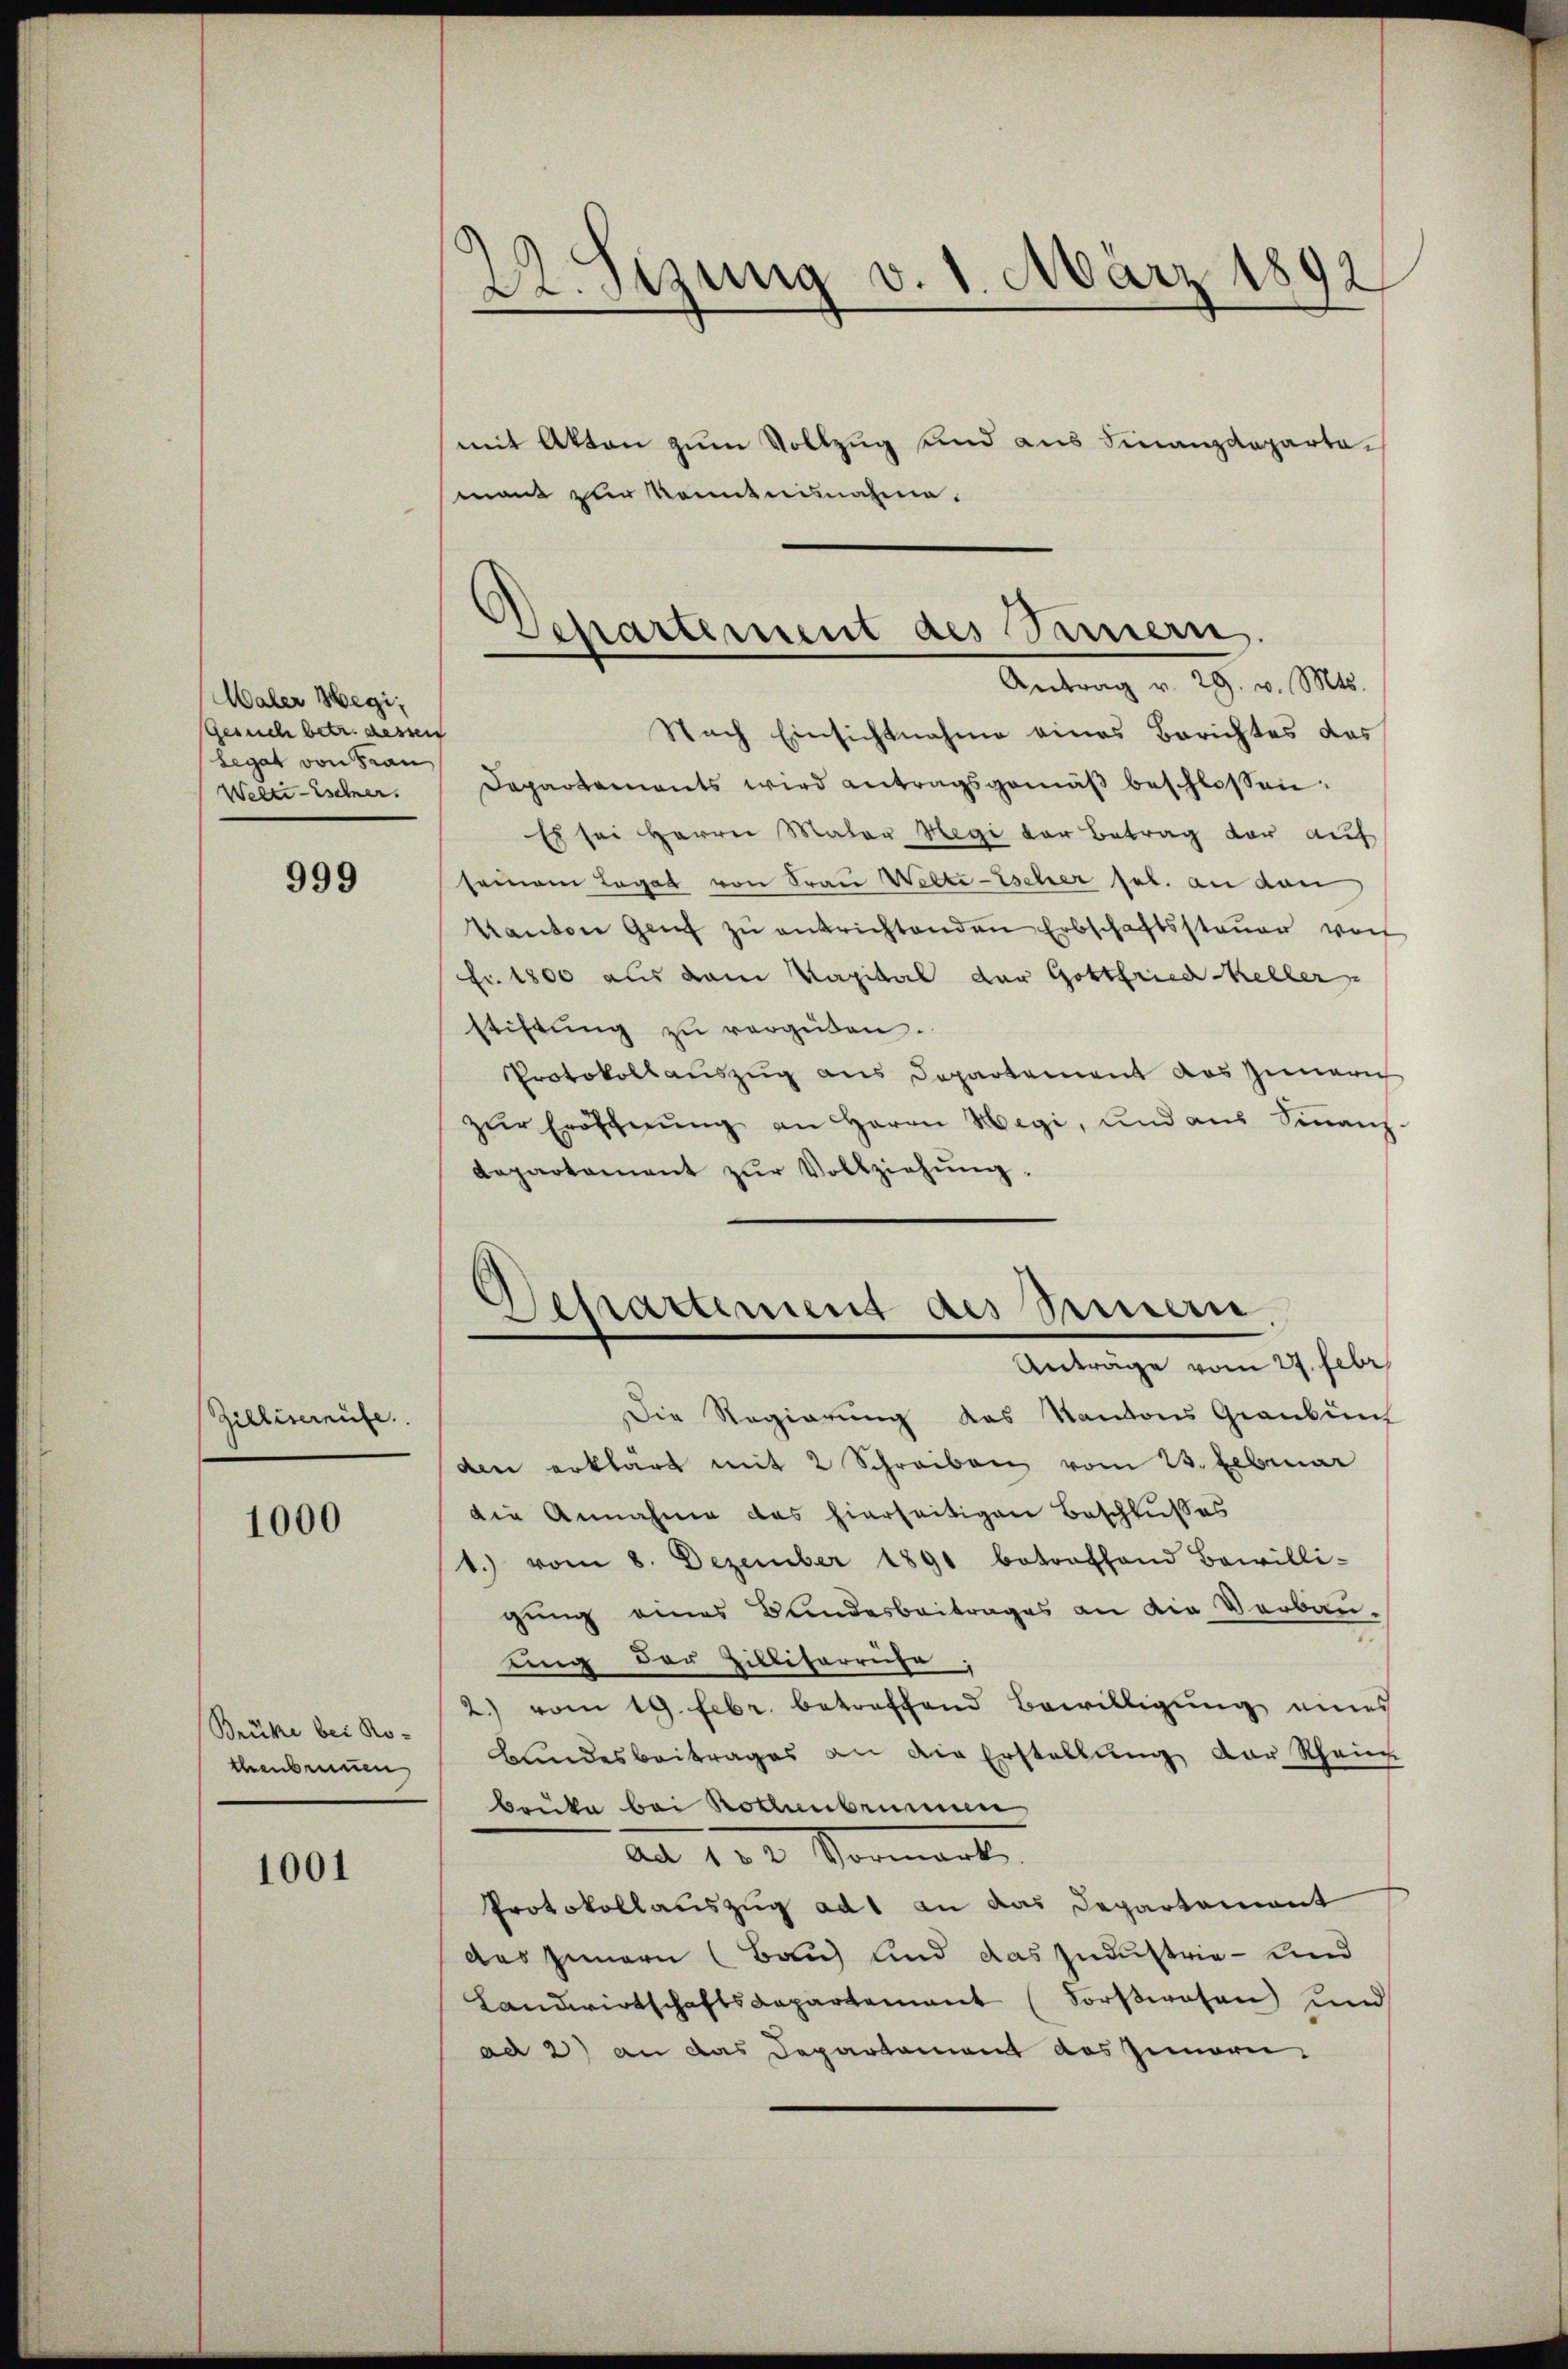
Maler Hegi,
Gesuch betr. dessen
Legat von Frau
Welti sehner.

999

Zilliserrüfe

1000

Brüke bei Ro-
thenbrunnen

1001

22. Sizung v. 1. März 1892

mit Akten zum Vollzug sind aus Finanzdepartemant zur konntnisnahme.

Departement des Sauern.
Antrag v. 29. v. Mts.

Nach Einsichtnahme eines Berichtes das
Departements wird antragsgemäß beschlossen:
Es sei Herrn Mater Hegi der Betrag der auf
seinem Legat von Frau Welte-Escher sel. an den
Kanton Genf zu entrichtenden Erbschaftssteuer vorh
Fr. 1800 aus dem Kapital der Gottfried Keller
stiftung zu vergüten.
Protokollsauszug aus Departement das Zumerich
zŭr Eröffnŭng an Herrn Hegi, und aus Sinanz-
departement zŭr Vollziehŭng.

Departement des Seinern
Anträge vom 27. Febr.

Die Regierung das Kantons Graubün
den erklärt mit 2 Schreiben vom 23. Februar
die Annahme das hierseitigen Beschlusses
1.) vom 8. Dezember 1891 betroffend Bewilli-
gung eines Bundesbeitrages an die Verbau-
ding der Zillitärrise.
2.) vom 19. Febr. betreffend Bewilligung eines
Bundesbeitrages an die Erstellung der Rhein
Bruka bei Rochenbrunnen
au 120 Vormirte
Protokollauszug ad 1 an das Departement
des Innern (Bau) und das Industrie - und
Landwirtschaftsdepartement (Forstwesen und
ad 2) an das Departement des Innern